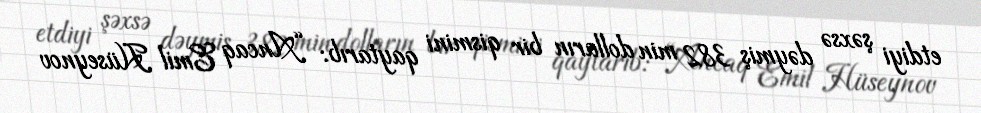
etdiyi şəxsə dəymiş 382 min dolların bir qismini qaytarıb: “Ancaq Emil Hüseynov